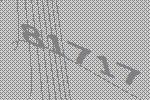
81717